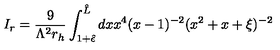
I _ { r } = \frac { 9 } { \Lambda ^ { 2 } r _ { h } } \int _ { 1 + { \hat { \epsilon } } } ^ { { \hat { L } } } d x x ^ { 4 } ( x - 1 ) ^ { - 2 } ( x ^ { 2 } + x + \xi ) ^ { - 2 }